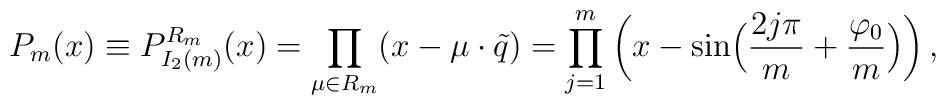
P_m(x)\equiv P_{I_2(m)}^{R_m}(x)=   \prod_{\mu\in{R_m}}(x-\mu\cdot\tilde{q})   =\prod_{j=1}^m   \left(x-\sin\Bigl({2j\pi\over m}+{\varphi_0\over{m}}\Bigr)\right),